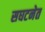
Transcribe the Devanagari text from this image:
सघटनेत